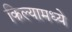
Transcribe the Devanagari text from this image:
किल्यामध्ये